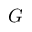
\boldsymbol { G }